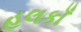
હલકાઁ